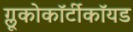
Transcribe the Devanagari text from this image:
ग्लूकोकॉर्टीकॉयड